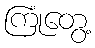
ကြုံတွေ့